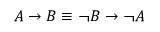
A \rightarrow B \equiv \lnot B \rightarrow \lnot A